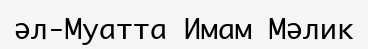
әл-Муатта Имам Мәлик